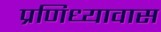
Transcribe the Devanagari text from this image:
प्रणिध्यावास